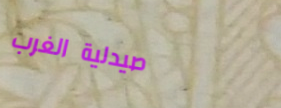
صيدلية الغرب